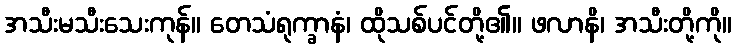
အသီးမသီးသေးကုန်။ တေသံရုက္ခာနံ၊ ထိုသစ်ပင်တို့၏။ ဖလာနိ၊ အသီးတို့ကို။